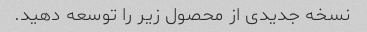
نسخه جدیدی از محصول زیر را توسعه دهید.